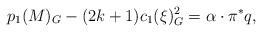
LaTeX: \begin{align*} p_1(M)_G-(2k+1)c_1(\xi)^2_G=\alpha\cdot \pi^*q,\end{align*}